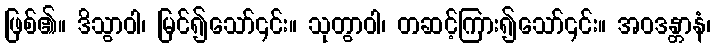
ဖြစ်၏။ ဒိသွာဝါ၊ မြင်၍သော်၎င်း။ သုတွာဝါ၊ တဆင့်ကြား၍သော်၎င်း။ အဝဒန္တာနံ၊